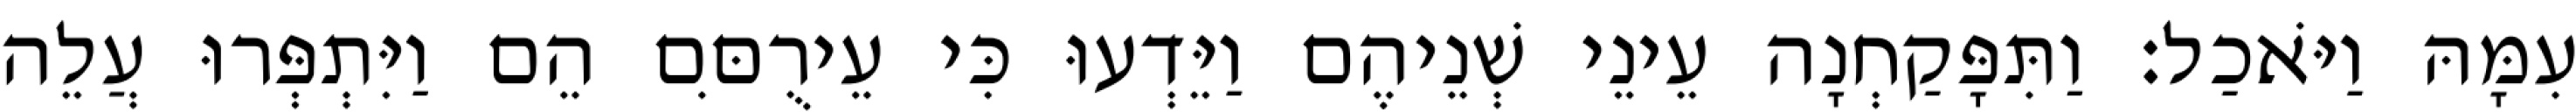
עִמָּהּ וַיֹּאכַל׃ וַתִּפָּקַחְנָה עֵינֵי שְׁנֵיהֶם וַיֵּדְעוּ כִּי עֵירֻםִּם הֵם וַיִּתְפְּרוּ עֲלֵה